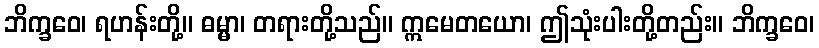
ဘိက္ခဝေ၊ ရဟန်းတို့။ ဓမ္မာ၊ တရားတို့သည်။ ဣမေတယော၊ ဤသုံးပါးတို့တည်း။ ဘိက္ခဝေ၊